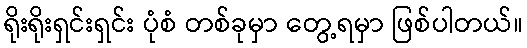
ရိုးရိုးရှင်းရှင်း ပုံစံ တစ်ခုမှာ တွေ့ရမှာ ဖြစ်ပါတယ်။